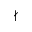
\nmid